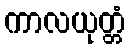
ကာလယုတ္တံ